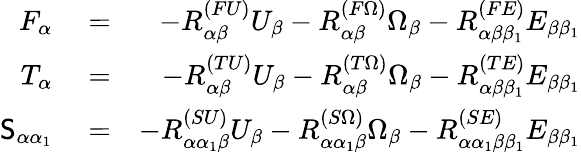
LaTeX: \begin{array}{rlr}{F_{\alpha}}&{{}=}&{-{R}_{\alpha\beta}^{(FU)}U_{\beta}-{R}_{\alpha\beta}^{(F\Omega)}\Omega_{\beta}-{R}_{\alpha\beta\beta_{1}}^{(FE)}E_{\beta\beta_{1}}}\\ {T_{\alpha}}&{{}=}&{-{R}_{\alpha\beta}^{(TU)}U_{\beta}-{R}_{\alpha\beta}^{(T\Omega)}\Omega_{\beta}-{R}_{\alpha\beta\beta_{1}}^{(TE)}E_{\beta\beta_{1}}}\\ {\mathsf{S}_{\alpha\alpha_{1}}}&{{}=}&{-{R}_{\alpha\alpha_{1}\beta}^{(SU)}U_{\beta}-{R}_{\alpha\alpha_{1}\beta}^{(S\Omega)}\Omega_{\beta}-{R}_{\alpha\alpha_{1}\beta\beta_{1}}^{(SE)}E_{\beta\beta_{1}}}\end{array}